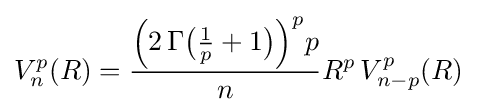
V_{n}^{p}(R)={\frac {{\Bigl (}2\,\Gamma {\bigl (}{\tfrac {1}{p}}+1{\bigr )}{\Bigr )}^{p}p}{n}}R^{p}\,V_{n-p}^{p}(R)